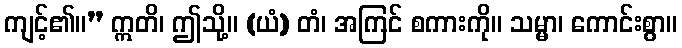
ကျင့်၏။” ဣတိ၊ ဤသို့။ (ယံ) တံ၊ အကြင် စကားကို။ သမ္မာ၊ ကောင်းစွာ။